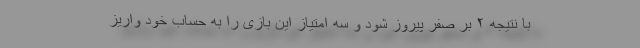
با نتیجه ۲ بر صفر پیروز شود و سه امتیاز این بازی را به حساب خود واریز